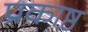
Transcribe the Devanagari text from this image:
प्रकाष्ठ